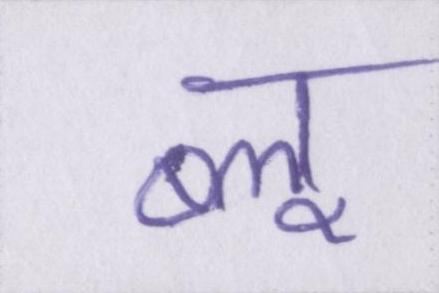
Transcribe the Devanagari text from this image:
ब्लू